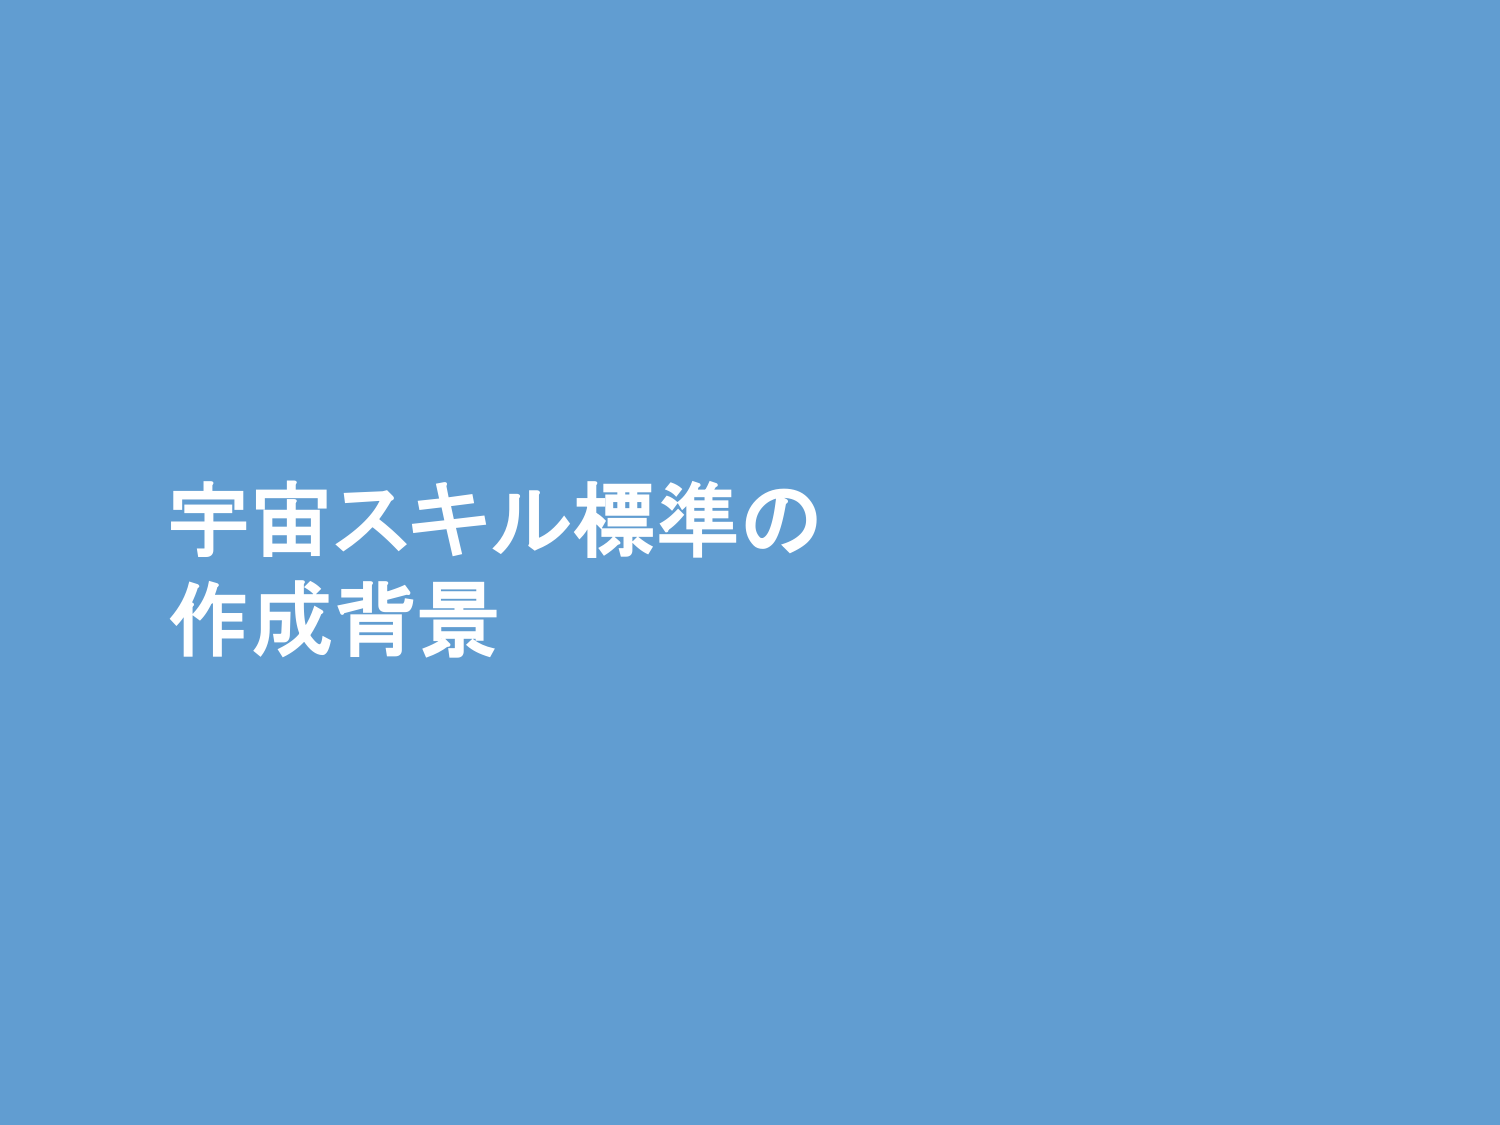
宇宙スキル標準の
作成背景